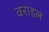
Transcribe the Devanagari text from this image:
वराडलं